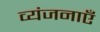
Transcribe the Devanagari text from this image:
व्यंजनाएँ